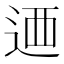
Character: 𨒿